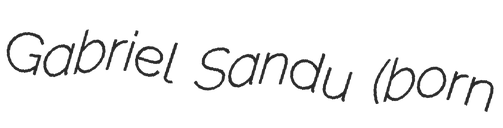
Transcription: Gabriel Sandu (born